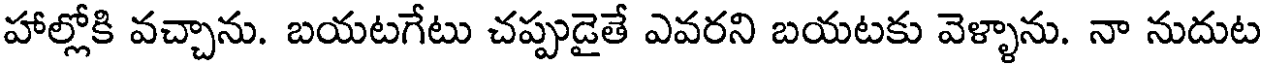
హాల్లోకి వచ్చాను. బయటగేటు చప్పుడైతే ఎవరని బయటకు వెళ్ళాను. నా నుదుట